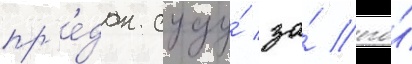
пр'е́дан суду́ за́ его́